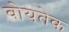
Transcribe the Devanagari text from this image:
वोयतेक